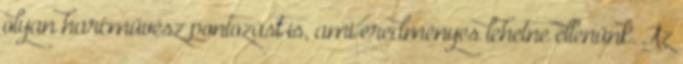
olyan harcművész pontozást is, ami eredményes lehetne ellenünk. Az